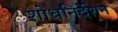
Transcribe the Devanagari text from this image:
शोधनिर्देशन